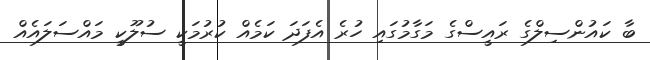
ބާ ކައުންސިލްގެ ރައީސްގެ މަގާމުގައި ހުރެ އެފަދަ ކަމެއް ކުރުމަކީ ސުލޫކީ މައްސަލައެއް